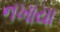
નખાયા